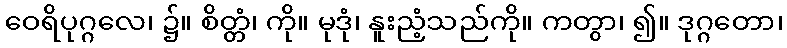
ဝေရိပုဂ္ဂလေ၊ ၌။ စိတ္တံ၊ ကို။ မုဒုံ၊ နူးညံ့သည်ကို။ ကတွာ၊ ၍။ ဒုဂ္ဂတော၊